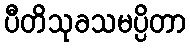
ပီတိသုခသမပ္ပိတာ